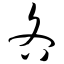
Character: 吝